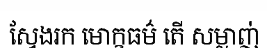
ស្វែងរក មោក្ខធម៌ តើ សម្លាញ់